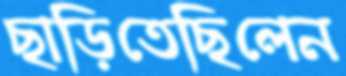
ছাড়িতেছিলেন